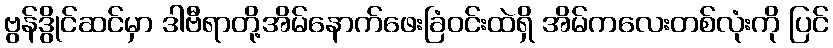
ဗွန်ဒွိုင်ဆင်မှာ ဒါဗီရာတို့အိမ်နောက်ဖေးခြံဝင်းထဲရှိ အိမ်ကလေးတစ်လုံးကို ပြင်